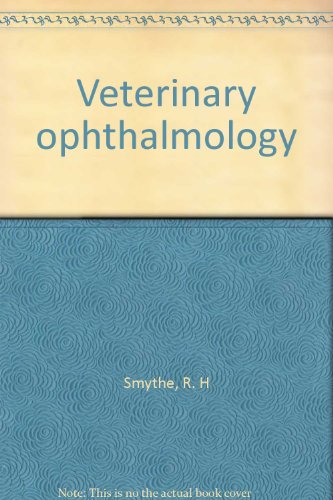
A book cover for Veterinary ophthalmology; R. H Smythe; Medical Books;